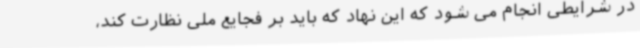
در شرایطی انجام می شود که این نهاد که باید بر فجایع ملی نظارت کند،